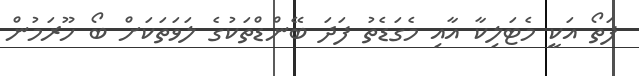
ފަތޯ އަކީ މެޓަލިކާ އާއި މެގަޑެތު ފަދަ ބޭންޑްތަކުގެ ލަވަތަކަށް ބޯ ހޫރަމުން